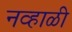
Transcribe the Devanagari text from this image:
नव्हाळी